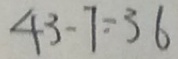
4 3 - 7 = 3 6